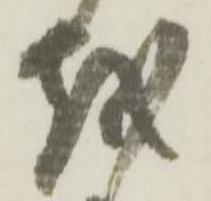
越